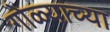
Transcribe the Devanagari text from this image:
गोळ्याच्या